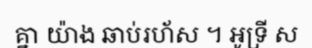
គ្នា យ៉ាង ឆាប់រហ័ស ។ អូទ្រី ស